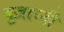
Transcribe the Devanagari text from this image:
गुज़ारनी